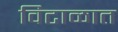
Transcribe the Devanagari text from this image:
विटाळात